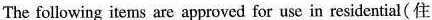
The following items are approved for use in residential( 住